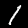
Label: 1